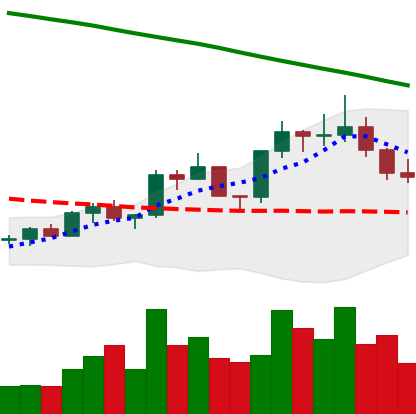
Ticker: EOS-USD
Chart end date: 2022-08-03
Forward return: 6.51%
Label: up_5_7